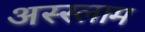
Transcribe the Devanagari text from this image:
अस्‍स्‍लाम